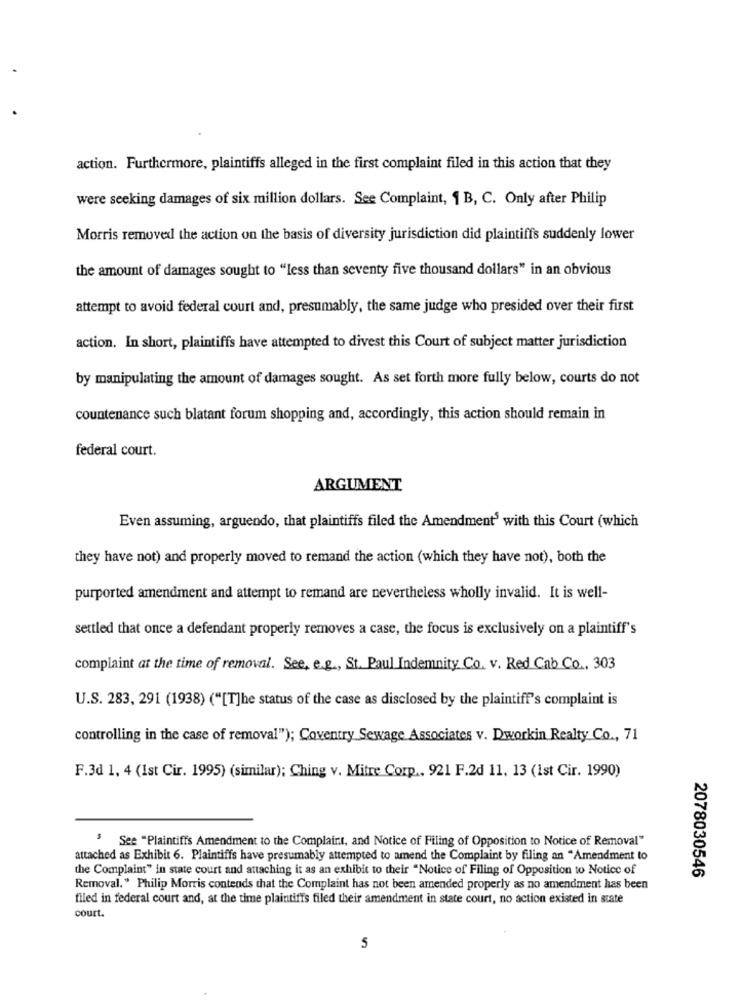
action. Furthermore, plaintiffs alleged in the first complaint filed in this action that they
were seeking damages of six million dollars. See Complaint, 1 B, C. Only after Philip
Morris remove the action on the basis of diversity jurisdiction did plaintiffs suddenly lower
the amount of damages sought to "less than seventy five thousand dollars" in an obvious
attempt to avoid federal court and, presumably, the same judge who presided over their first
action. In short, plaintiffs have attempted to divest this Court of subject matter jurisdiction
by manipulating the amount of damages sought. As set forth more fully below, courts do not
countenance such blatant forum shopping and, accordingly, this action should remain in
federal court.
ARGUMMENT
Even assuming, arguendo, that plaintiffs filed the Amendment' with this Court (which
they have not) and properly moved to remand the action (which they have not), both the
purported amendment and attempt to remand are nevertheless wholly invalid. It is well-
settled that once a defendant properly removes a case, the focus is exclusively on a plaintiff's
complaint at the time of removal. See, e.g ., St. Paul Indemnity Co. v. Red Cab Co ., 303
U.S. 283, 291 (1938) ("[T]he status of the case as disclosed by the plaintiff's complaint is
controlling in the case of removal"); Coventry Sewage Associates v. Dworkin Realty Co ., 71
F.3d 1, 4 (1st Cir. 1995) (similar); Ching v. Mitre Corp ., 921 F.2d 11, 13 (1st Cir. 1990)
3 See "Plaintiffs Amendment to the Complaint, and Notice of Filing of Opposition to Notice of Removal"
attached as Exhibit 6. Plaintiffs have presumably attempted to amend the Complaint by filing an "Amendment to
the Complaint" in state court and attaching it as an exhibit to their "Notice of Filing of Opposition to Notice of
2078030546
Removal." Philip Morris contends that the Complaint has not been amended properly as no amendment has been
filed in federal court and, at the time plaintiffs filed their amendment in state court, no action existed in state
court.
5